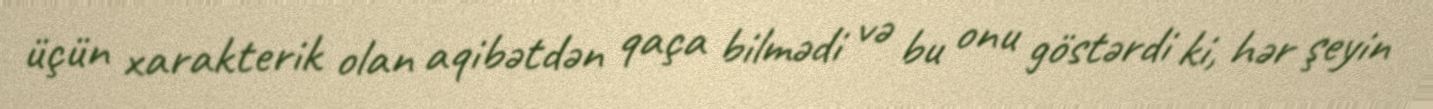
üçün xarakterik olan aqibətdən qaça bilmədi və bu onu göstərdi ki, hər şeyin